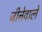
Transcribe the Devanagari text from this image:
जीनेवाले